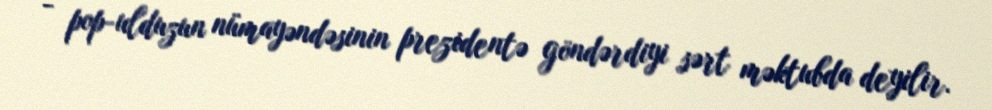
- pop-ulduzun nümayəndəsinin prezidentə göndərdiyi sərt məktubda deyilir.